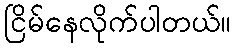
ငြိမ်နေလိုက်ပါတယ်။